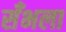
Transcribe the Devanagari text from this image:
सँभला